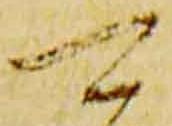
可